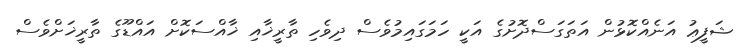
ޝަފީޢު އަނެއްކޮޅުން އަތަގަސްދޮށުގެ އަކީ ހަމަގައިމުވެސް ދިވެހި ތާރީޚާއި ޚާއްސަކޮށް އައްޑޫގެ ތާރީޚަށްވެސް